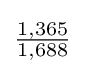
{\tfrac {1,365}{1,688}}